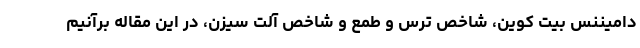
دامیننس بیت کوین، شاخص ترس و طمع و شاخص آلت سیزن، در این مقاله برآنیم